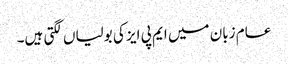
عام زبان میں ایم پی ایز کی بولیاں لگتی ہیں۔